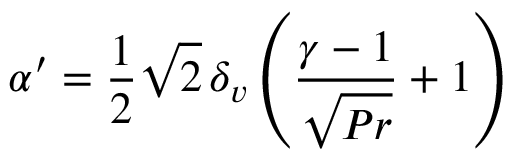
\alpha ^ { \prime } = \frac { 1 } { 2 } \sqrt { 2 } \, \delta _ { v } \left( \frac { \gamma - 1 } { \sqrt { P r } } + 1 \right)